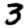
Digit: 3